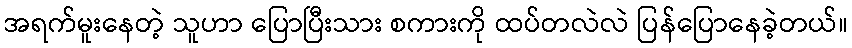
အရက်မူးနေတဲ့ သူဟာ ပြောပြီးသား စကားကို ထပ်တလဲလဲ ပြန်ပြောနေခဲ့တယ်။